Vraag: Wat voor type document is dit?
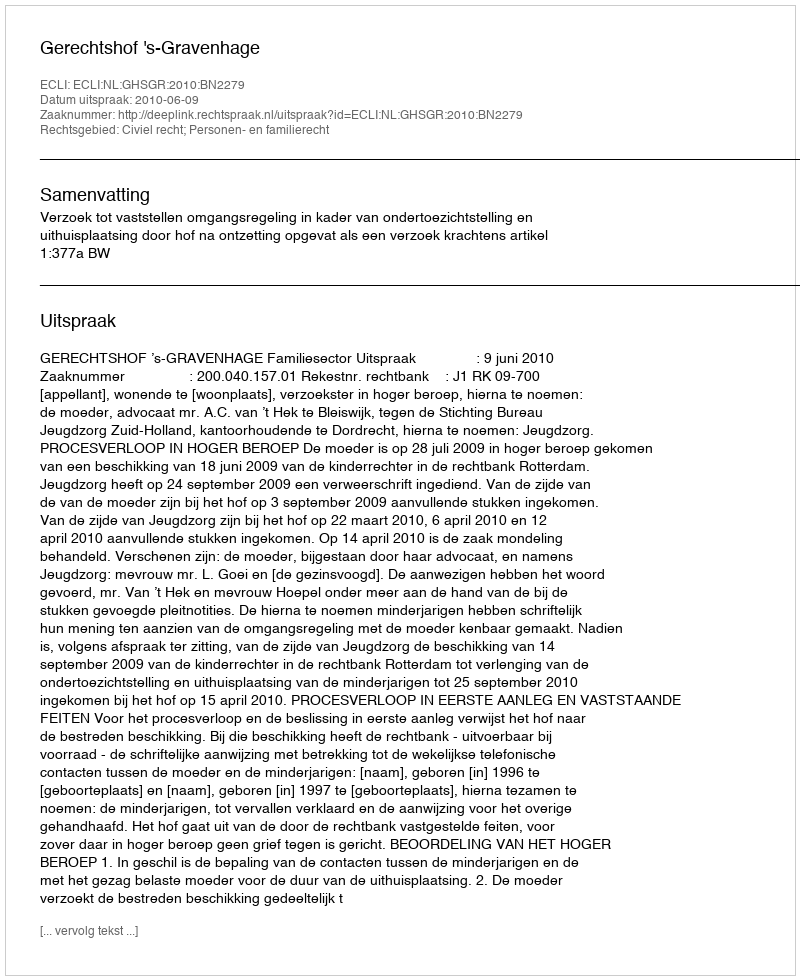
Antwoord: Uitspraak